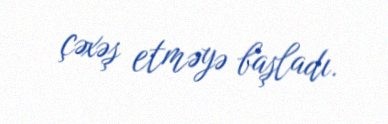
çəxəş etməyə başladı.